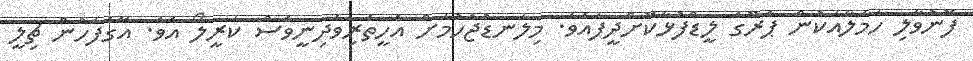
ފޮނުވާލި ހަމަލާއަކުން ޕެރޫގެ ލީޑްފުޅާކޮށްދީފައެވެ. މިލަނޑުޖެހުމަށް އެހީތެރިވެދިނީވެސް ކަރީލޯ އެވެ. އޭގެފަހުން ޗިލީ